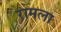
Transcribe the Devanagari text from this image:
रामला